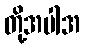
တို့အပါအ